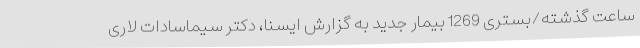
ساعت گذشته/بستری 1269 بیمار جدید به گزارش ایسنا، دکتر سیماسادات لاری